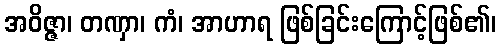
အဝိဇ္ဇာ၊ တဏှာ၊ ကံ၊ အာဟာရ ဖြစ်ခြင်းကြောင့်ဖြစ်၏၊